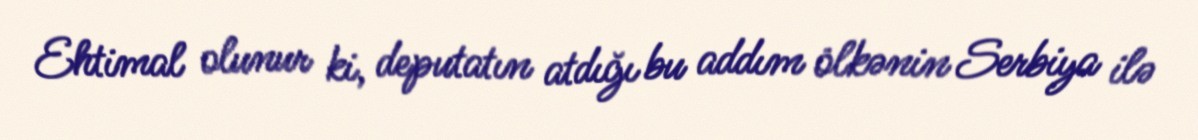
Ehtimal olunur ki, deputatın atdığı bu addım ölkənin Serbiya ilə